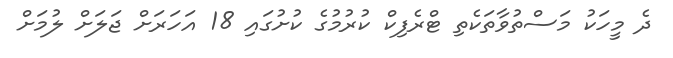
ދެ މީހަކު މަސްތުވާތަކެތި ޓްރެފިކް ކުރުމުގެ ކުށުގައި 18 އަހަރަށް ޖަލަށް ލުމަށް